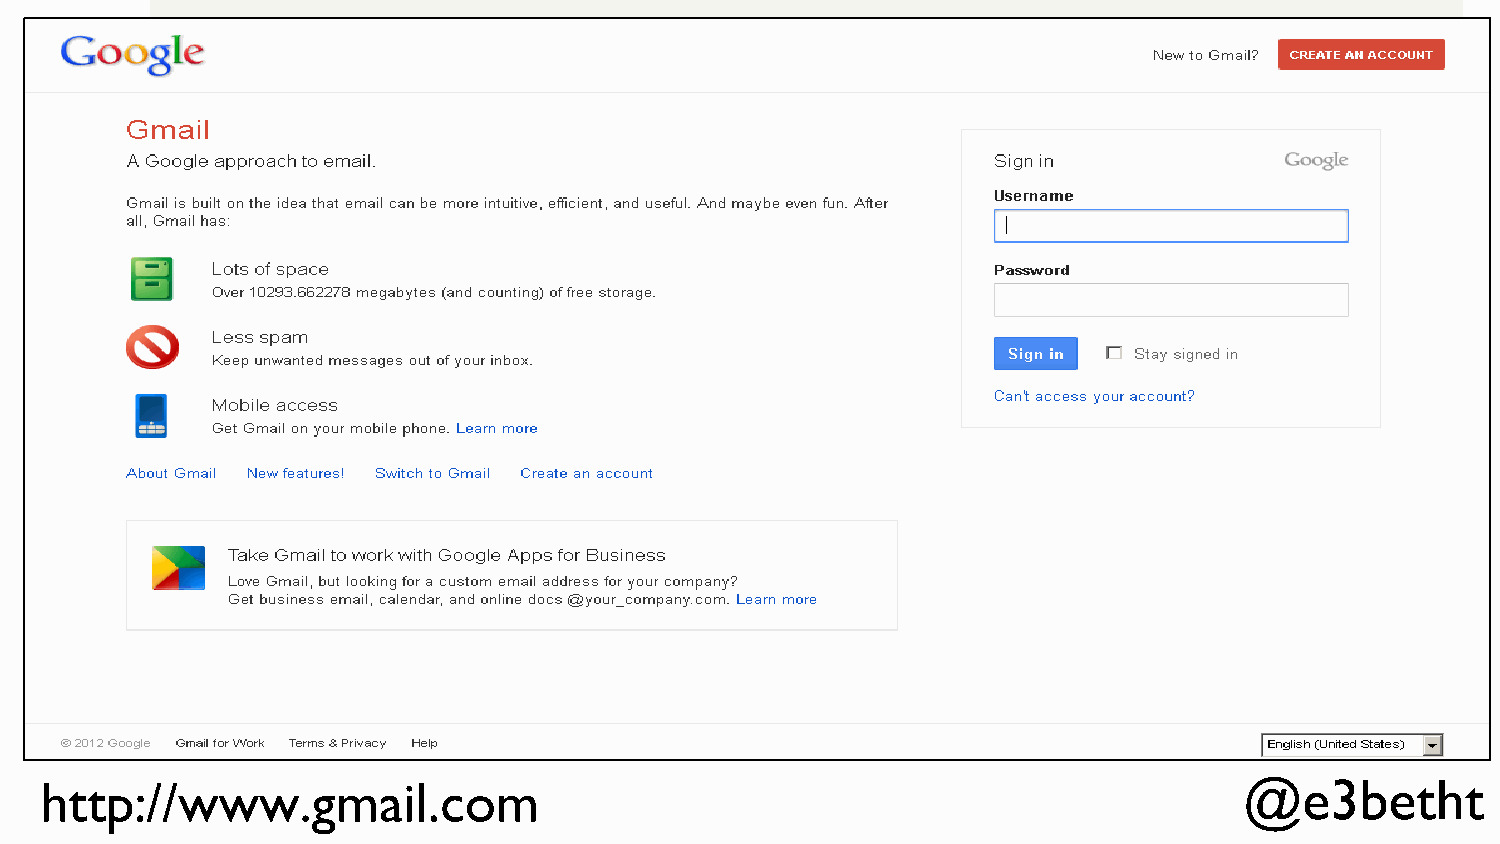
http://www.gmail.com                                                           @e3betht